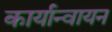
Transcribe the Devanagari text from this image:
कार्यान्वायन